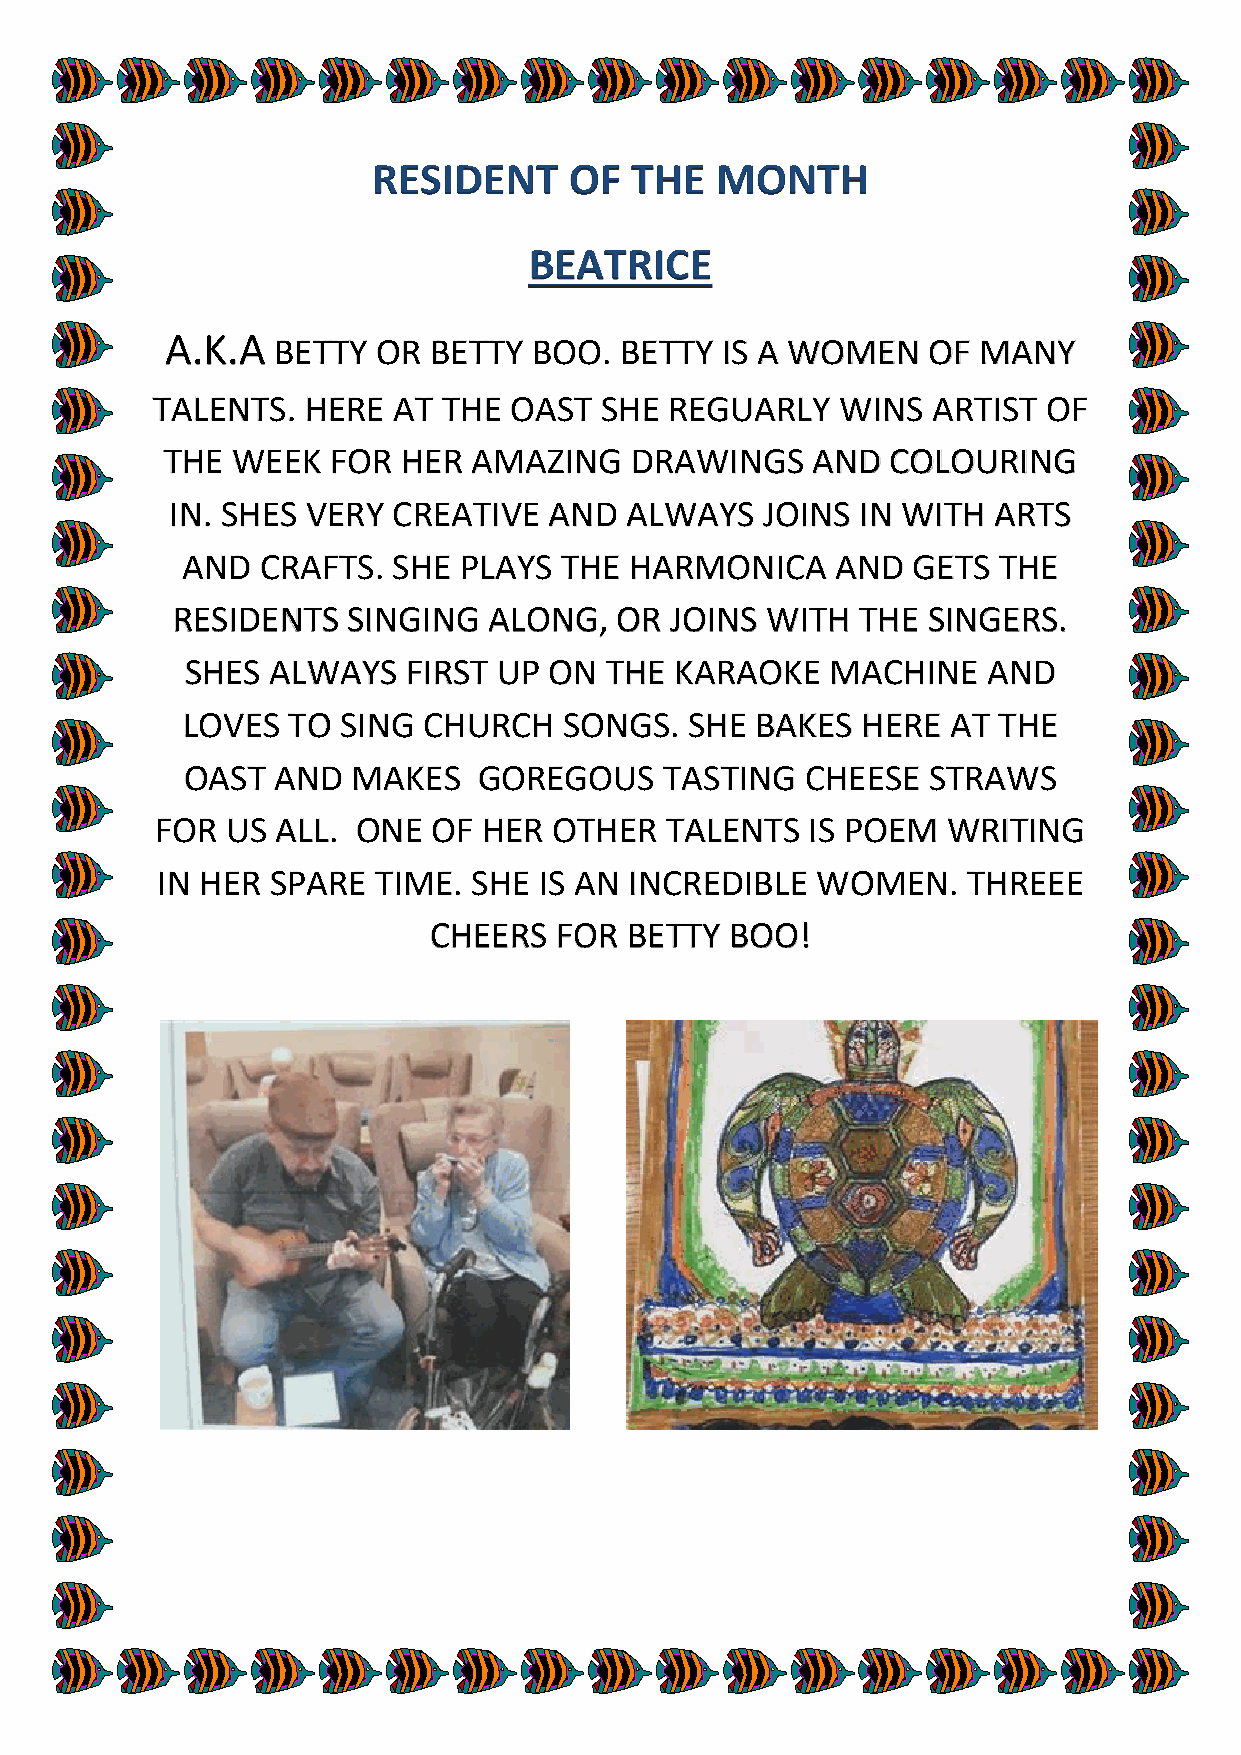
RESIDENT     OF  THE  MONTH
 BEATRICE
 A.K.A  BETTY  OR BETTY  BOO.  BETTY  IS A WOMEN   OF  MANY
 TALENTS.  HERE  AT THE  OAST  SHE REGUARLY    WINS  ARTIST OF
 THE WEEK   FOR  HER AMAZING    DRAWINGS    AND  COLOURING
 IN. SHES VERY  CREATIVE  AND  ALWAYS   JOINS  IN WITH  ARTS
 AND  CRAFTS.  SHE PLAYS  THE  HARMONICA    AND  GETS  THE
 RESIDENTS   SINGING  ALONG,   OR JOINS  WITH  THE SINGERS.
 SHES  ALWAYS   FIRST UP ON  THE  KARAOKE   MACHINE   AND
 LOVES  TO SING  CHURCH   SONGS.   SHE BAKES  HERE  AT THE
 OAST  AND  MAKES    GOREGOUS    TASTING  CHEESE  STRAWS
 FOR  US ALL.  ONE  OF HER  OTHER  TALENTS  IS POEM   WRITING
 IN HER  SPARE  TIME. SHE  IS AN INCREDIBLE  WOMEN.    THREEE
 CHEERS   FOR BETTY  BOO!